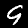
Digit: 9